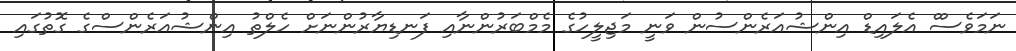
ނަމަވެސްް އެލައިޑް އިންޝުއަރެންސުން ވަނީ މަޖިލީހުގެ މެމްބަރުންނާއި ފަނޑިޔާރުންނަށް ހެލްތު އިންޝުއަރެންސްގެ ގޮތުގައި